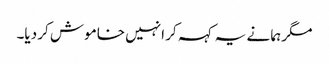
مگر ہما نے یہ کہہ کر انہیں خاموش کر دیا۔